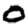
Digit: 0